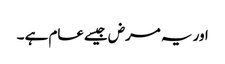
اور یہ مرض جیسےعام ہے ۔